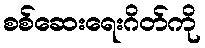
စစ်ဆေးရေးဂိတ်ကို